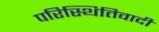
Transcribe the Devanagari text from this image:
परिस्थितिवादी